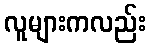
လူများကလည်း